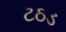
ટઠડ